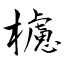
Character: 櫖